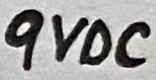
Text: 9VDC